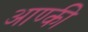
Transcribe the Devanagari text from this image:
आण्की